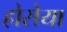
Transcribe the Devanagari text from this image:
होसेया